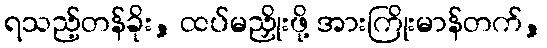
ရသည့်တန်ခိုး, ထပ်မညှိုးဖို့ အားကြိုးမာန်တက်,